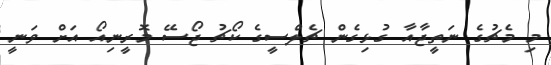
މި މެޗުގެ ނަތީޖާއާ ގުޅިގެން ޗެލްސީގެ ކޯޗު ޖޯސޭ މޮރީނިއޯ އަށް ވަނީ